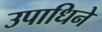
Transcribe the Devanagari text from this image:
उपाधिने